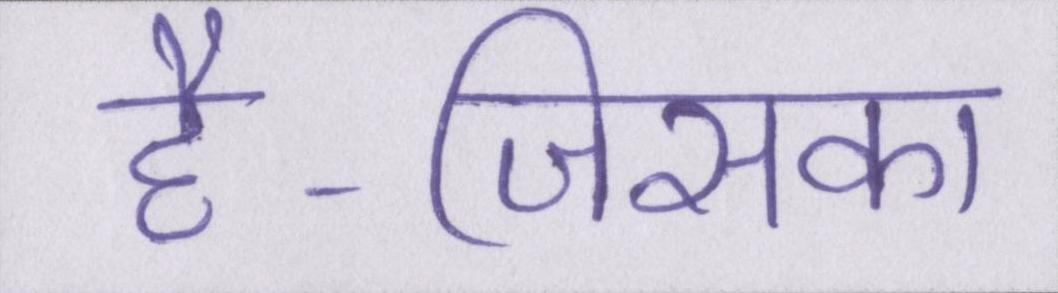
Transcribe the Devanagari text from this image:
है-जिसका